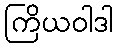
ကြိယဝါဒါ